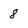
Character: 8